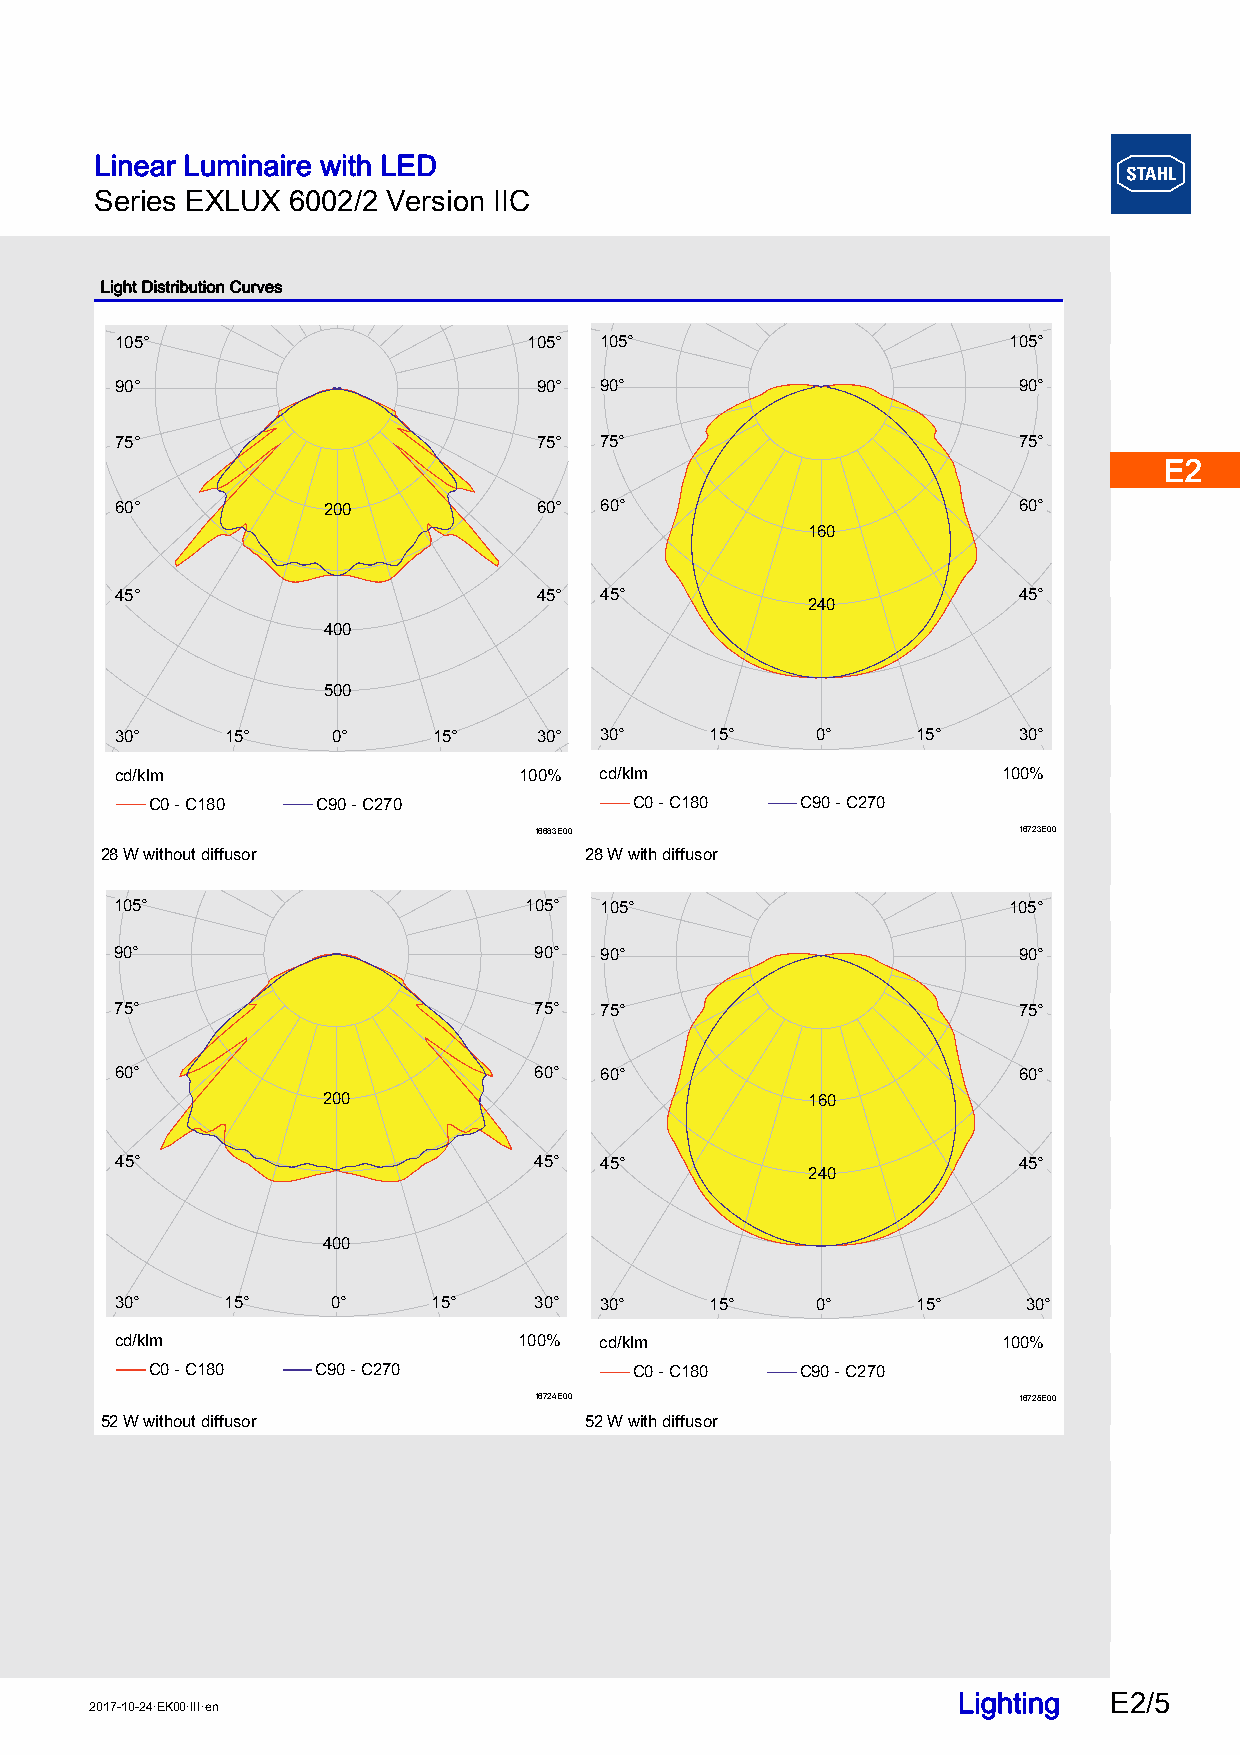
Linear Luminaire with LED
 Series EXLUX 6002/2 Version IIC
 E2
 Light Distribution Curves
 105°                       105° 105°                       105°
 E2
 90°                         90° 90°                        90°
 75°                         75° 75°                        75°
 E2
 60°          200            60° 60°                        60°
 160
 E2
 45°                         45° 45°                        45°
 240
 400
 500                                                     E2
 30°    15°    0°     15°    30° 30°    15°    0°     15°   30°
 cd/klm                    100%  cd/klm                    100%
 E2
 C0 - C180  C90 - C270           C0 - C180  C90 - C270
 16683E00                        16723E00
 28 W without diffusor           28 W with diffusor
 105°                       105° 105°                       105°      E2
 90°                        90°  90°                        90°
 75°                        75°  75°                        75°       E2
 60°                        60°  60°                        60°
 200                             160
 E2
 45°                        45°  45°                        45°
 240
 E2
 400
 30°    15°    00°°   15°   30°  30°    15°    00°°   15°    30°
 cd/klm                    100%  cd/klm                    100%       E2
 C0 - C180  C90 - C270           C0 - C180  C90 - C270
 16724E00                        16725E00
 52 W without diffusor           52 W with diffusor
 E2
 E2
 E2
 Lighting  E2/5
 2017-10-24·EK00·III·en